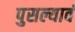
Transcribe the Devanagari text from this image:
पुसल्यावं